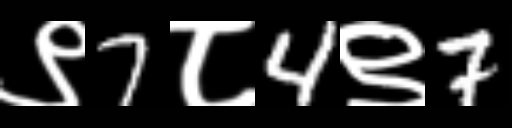
Text: ९7८4९7